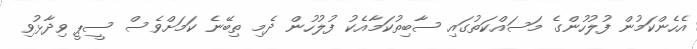
އެހެންކަމުން ފުލުހުންގެ މަސައްކަތުގައި ސާބިތުކަމާއެކު ފުލުހުން ދެމި ތިބޭނެ ކަމަށްވެސް ސީޕީ ވިދާޅުވި